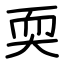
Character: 耎